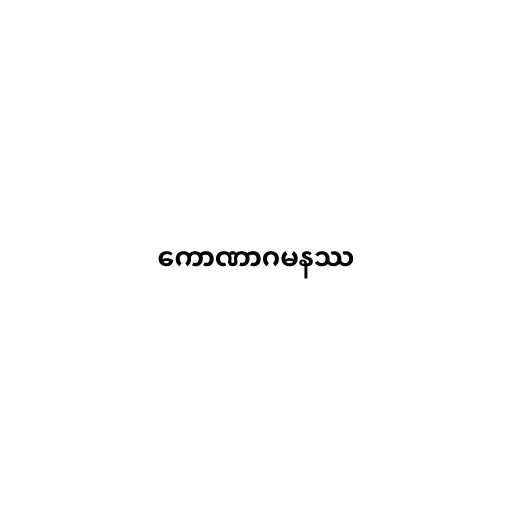
ကောဏာဂမနဿ